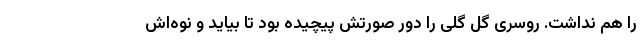
را هم نداشت. روسری گل گلی را دور صورتش پیچیده بود تا بیاید و نوه‌اش